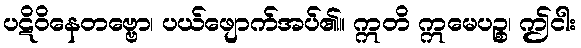
ပဋိဝိနေတဗ္ဗော၊ ပယ်ဖျောက်အပ်၏။ ဣတိ ဣမေပဉ္စ၊ ဤငါး